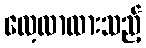
လေ့လာထားသည့်